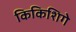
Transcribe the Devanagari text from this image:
किकिशिगे